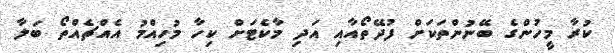
ކުރާ މީހުންގެ ބޭނުންތަކަށް ފުދޭތޯއާއި އަދި މާކެޓަށް ކިހާ މުހިއްމު އެއްޗެއްތޯ ބަލާ